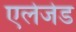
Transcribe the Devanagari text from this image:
एलेजेड